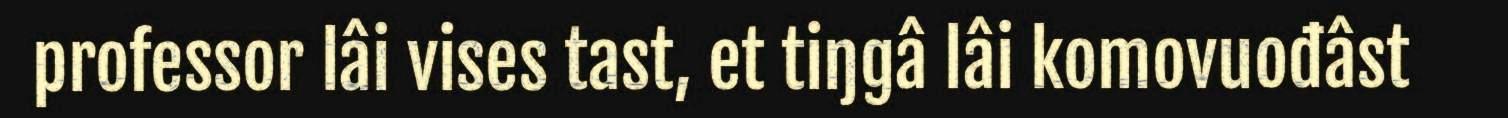
professor lâi vises tast, et tiŋgâ lâi komovuođâst